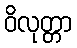
ဝိလုတ္တာ